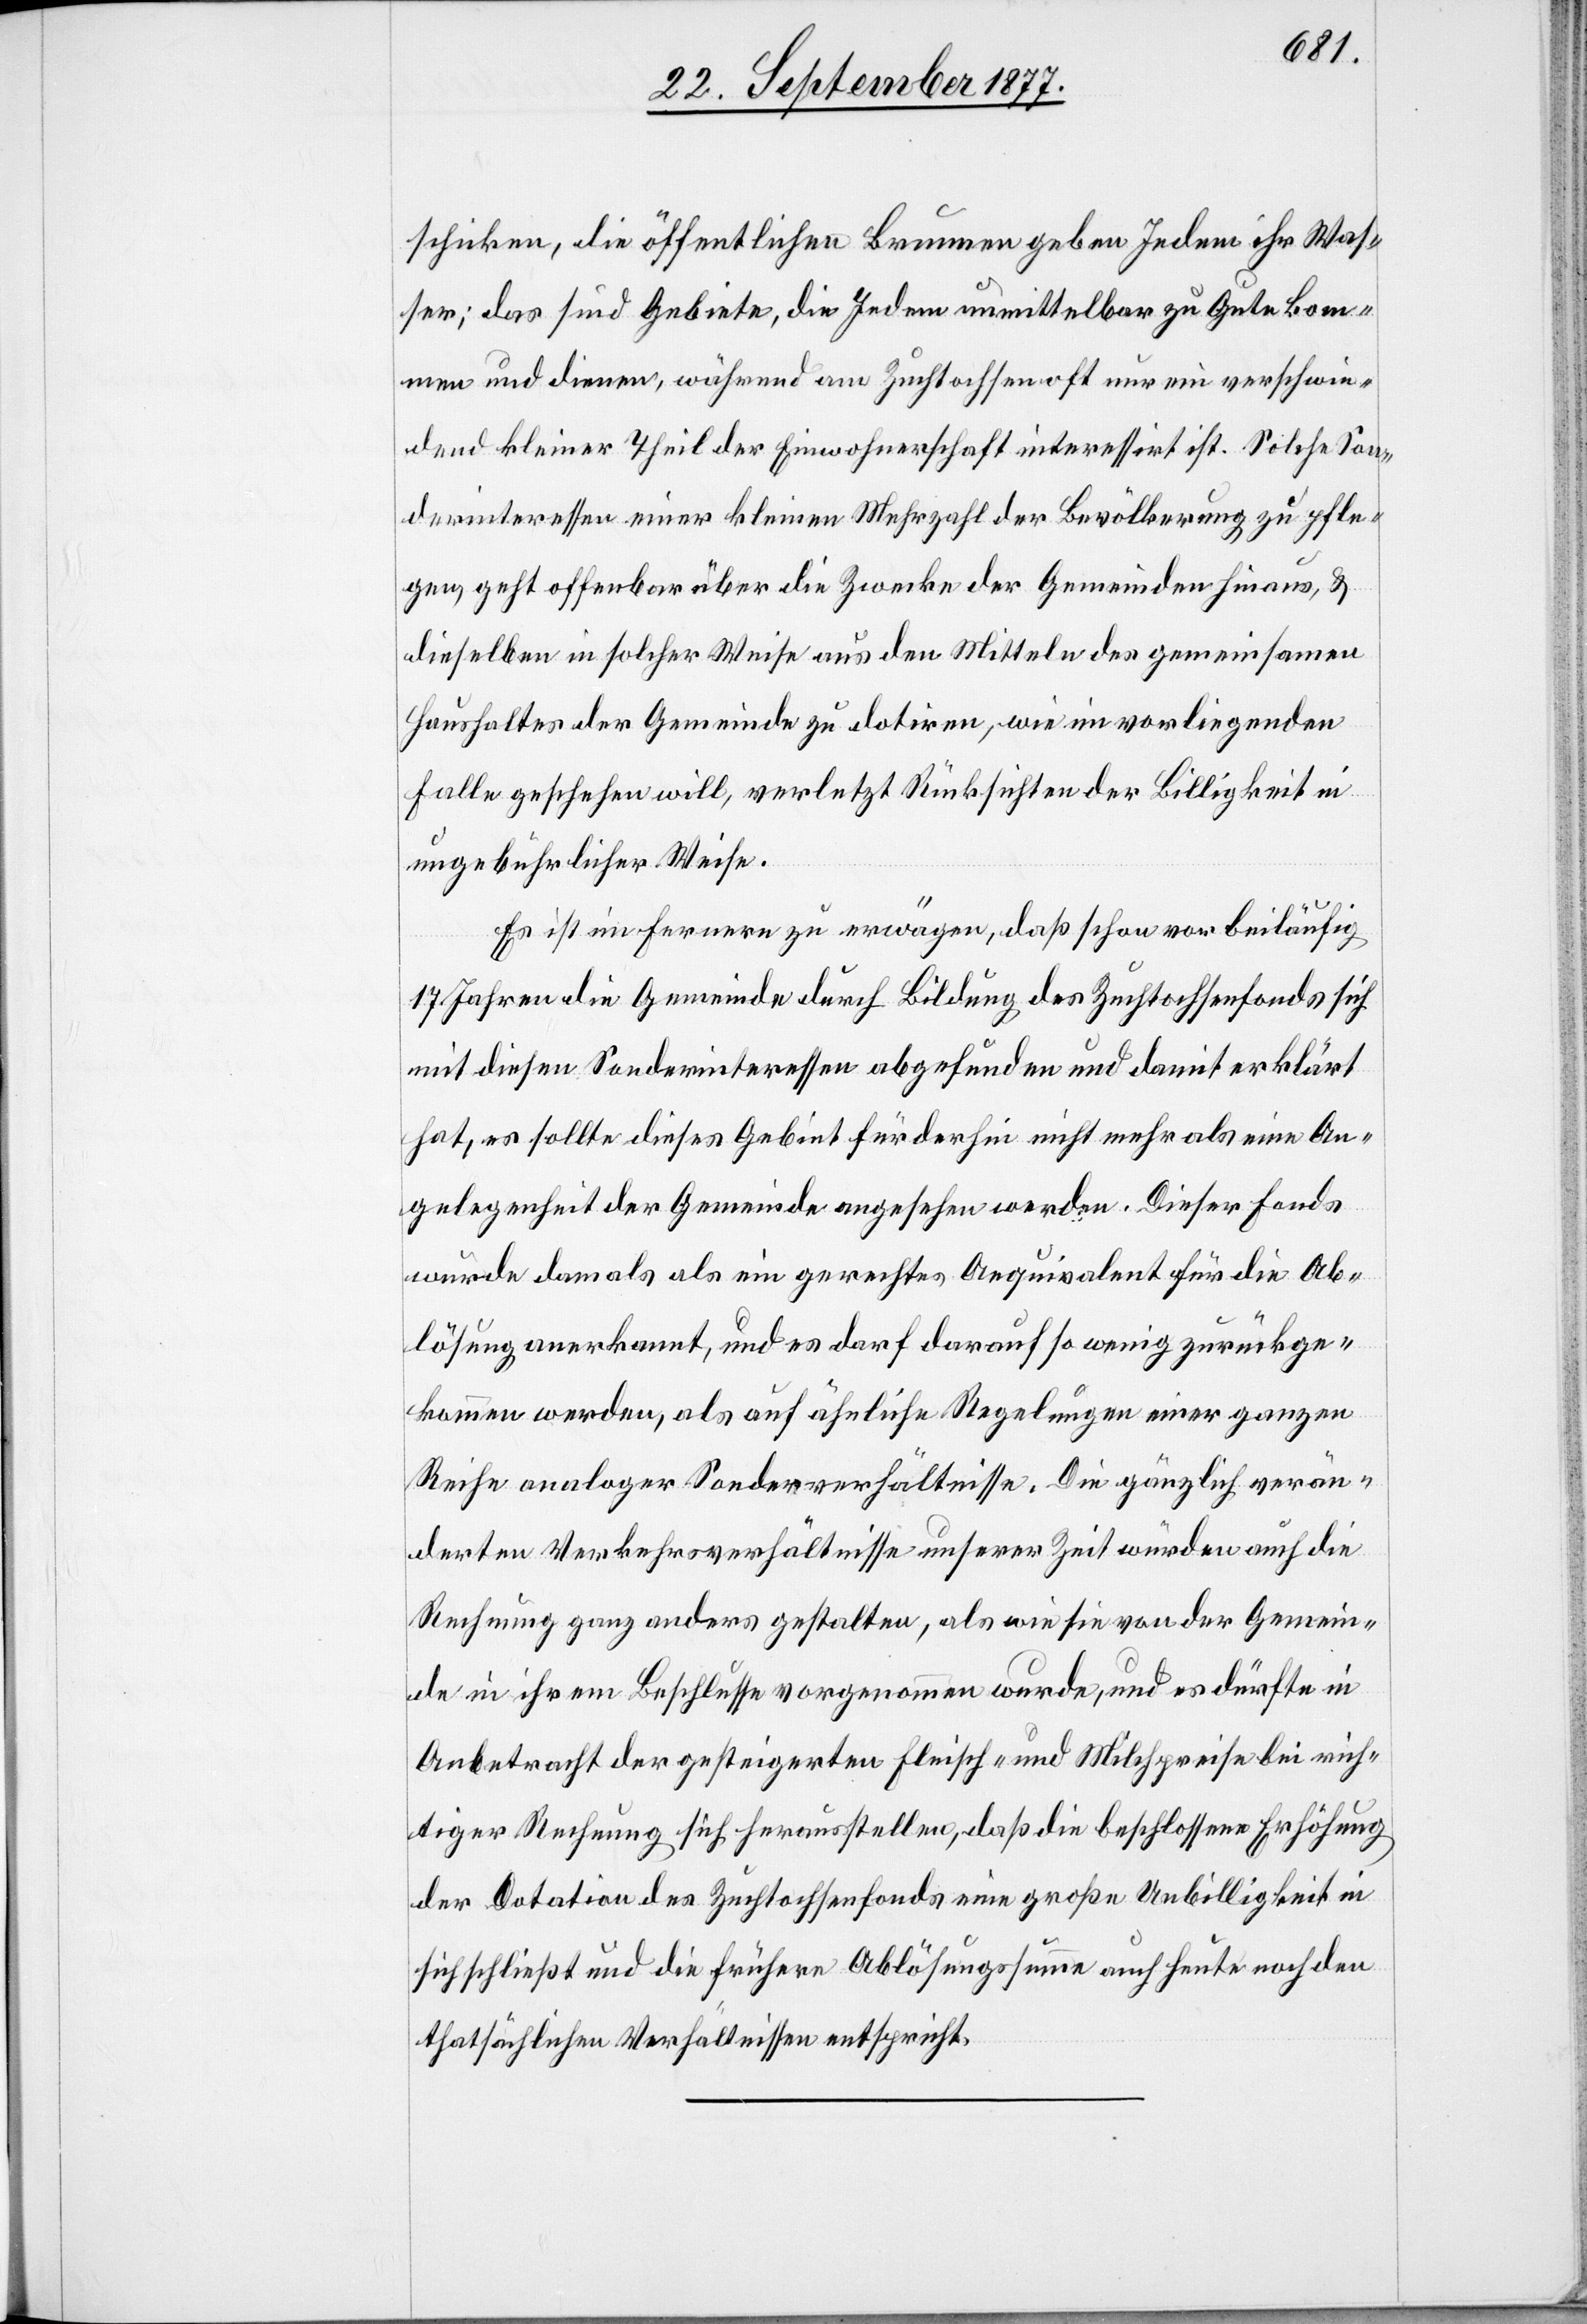
schicken, die öffentlichen Brunnen geben Jedem ihr Was¬
ser; das sind Gebiete, die Jedem unmittelbar zu Gute kom¬
men und dienen, während am Zuchtochsen oft nur ein verschwin¬
dend kleiner Theil der Einwohnerschaft interessirt ist. Solche Son¬
derinteressen einer kleinen Mehrzahl der Bevölkerung zu pfle¬
gen, geht offenbar über die Zwecke der Gemeinden hinaus, &
dieselben in solcher Weise aus den Mitteln des gemeinsamen
Haushaltes der Gemeinde zu dotiren, wie im vorliegenden
Falle geschehen will, verletzt Rücksichten der Billigkeit in
ungebührlicher Weise.
Es ist im Fernern zu erwägen, daß schon vor beiläufig
17 Jahren die Gemeinde durch Bildung des Zuchtochsenfonds sich
mit diesen Sonderinteressen abgefunden und damit erklärt
hat, es sollte dieses Gebiet fürderhin nicht mehr als eine An¬
gelegenheit der Gemeinde angesehen werden. Dieser Fonds
wurde damals als ein gerechtes Aequivalent für die Ab¬
lösung anerkannt, und es darf darauf so wenig zurückge¬
kommen werden, als auf ähnliche Regelungen einer ganzen
Reihe analoger Sonderverhältnisse. Die gänzlich verän¬
derten Verkehrsverhältnisse unserer Zeit würden auch die
Rechnung ganz anders gestalten, als wie sie von der Gemein¬
de in ihrem Beschlusse vorgenommen wurde, und es dürfte in
Anbetracht der gesteigerten Fleisch- und Milchpreise bei rich¬
tiger Rechnung sich herausstellen, daß die beschlossene Erhöhung
der Dotation des Zuchtochsenfonds eine große Unbilligkeit in
sich schließt und die frühere Ablösungssumme auch heute noch den
thatsächlichen Verhältnissen entspricht.